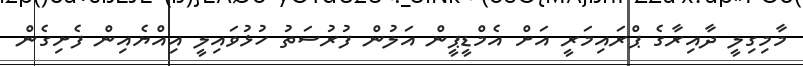
މާމިގިލީ ދާއިރާގެ ޕްރައިމަރީ އަށް އެމްޑީޕީން އަލުން ފުރުސަތު ހުޅުވައިލީ އިއްޔެއިން ފެށިގެން